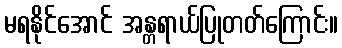
မရနိုင်အောင် အန္တရာယ်ပြုတတ်ကြောင်း။